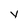
Character: y